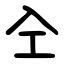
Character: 㒰